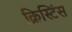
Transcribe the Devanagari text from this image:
क्रिस्टिंस